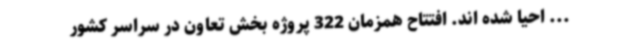
... احیا شده اند. افتتاح همزمان 322 پروژه بخش تعاون در سراسر کشور